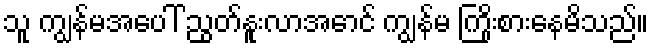
သူ ကျွန်မအပေါ် ညွတ်နူးလာအောင် ကျွန်မ ကြိုးစားနေမိသည်။